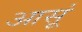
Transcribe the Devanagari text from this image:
आसूं